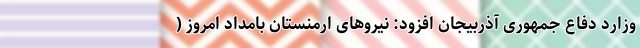
وزارد دفاع جمهوری آذربیجان افزود: نیروهای ارمنستان بامداد امروز (